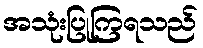
အသုံးပြုကြရသည်